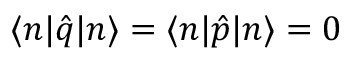
\langle n | \hat { q } | n \rangle = \langle n | \hat { p } | n \rangle = 0